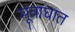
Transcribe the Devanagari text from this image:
मूत्राघात